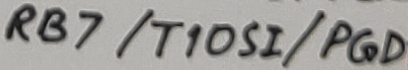
Text: RB7/T10SI/PGD